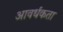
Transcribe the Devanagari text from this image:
आवर्धकता